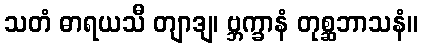
သတံ ဓာရယသီ တျာဒျ၊ ဗ္ဘက္ခာနံ တုစ္ဆဘာသနံ။